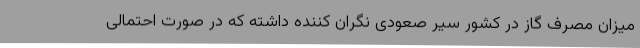
میزان مصرف گاز در کشور سیر صعودی نگران کننده داشته که در صورت احتمالی